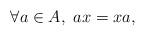
LaTeX: \begin{align*}\forall a\in A,\ ax = xa,\end{align*}